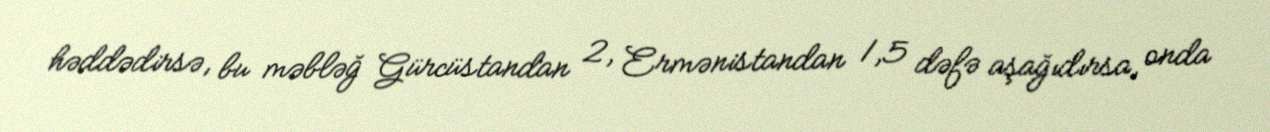
həddədirsə, bu məbləğ Gürcüstandan 2, Ermənistandan 1,5 dəfə aşağıdırsa, onda